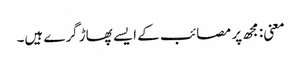
معنی: مجھ پر مصائب کے ایسے پھاڑ گرے ہیں۔